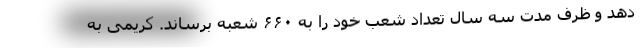
دهد و ظرف مدت سه سال تعداد شعب خود را به ۶۶۰ شعبه برساند. کریمی به